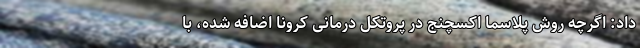
داد: اگرچه روش پلاسما اکسچنج در پروتکل درمانی کرونا اضافه شده، با